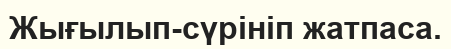
Жығылып-сүрініп жатпаса.